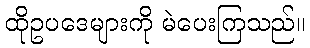
ထိုဥပဒေများကို မဲပေးကြသည်။